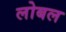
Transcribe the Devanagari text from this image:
लोबल